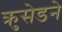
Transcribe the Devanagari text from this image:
क्रुसेडने